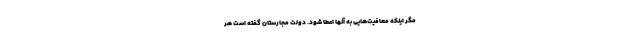
مگر اینکه معافیت‌هایی به آنها اعطا شود. دولت مجارستان گفته است هر